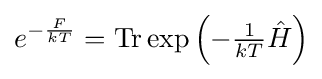
e^{-{\frac {F}{kT}}}=\operatorname {Tr} \exp \left(-{\tfrac {1}{kT}}{\hat {H}}\right)